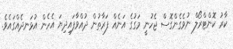
ކާރު ކޮންޓްރޯލް ނުވެގެންގޮސް ޖެހުނީ މަގުގެ އަނެއް ފަރާތުން ދުއްވާފައިދިޔަ އެހެން އުޅަނދެއްގައެެވެ.